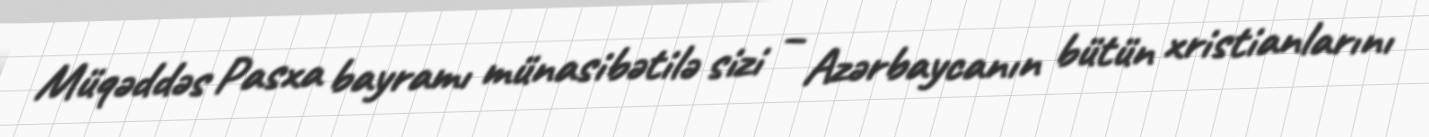
Müqəddəs Pasxa bayramı münasibətilə sizi – Azərbaycanın bütün xristianlarını